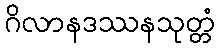
ဂိလာနဒဿနသုတ္တံ